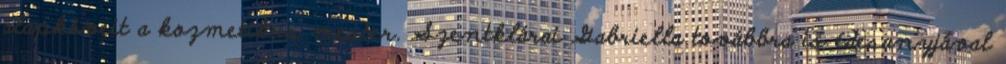
alapköveit a kozmetikus mester. Szentklárai Gabriella továbbra is édesanyjával